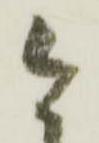
今